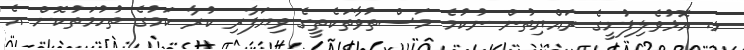
ޅ. އޮޅުވެލިފުށީގެ ރައްޔިތުން ނުކުމެ މަސްތުވާތަކެތީގެ ވިޔަފާރި ކުރާ ކަމުގެ ތުހުމަތުކޮށް އެ